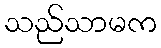
သည်သာမက